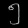
Digit: ၅